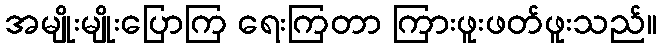
အမျိုးမျိုးပြောကြ ရေးကြတာ ကြားဖူးဖတ်ဖူးသည်။